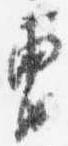
曹